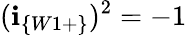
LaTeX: (\textbf{i}_{\{ W1+\} })^{2}=-1